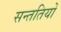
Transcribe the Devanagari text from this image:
सन्ततियों